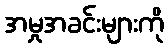
အမှုအခင်းများကို